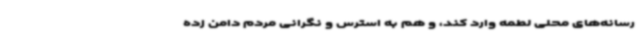
رسانه‌های محلی لطمه وارد کند، و هم به استرس و نگرانی مردم دامن زده